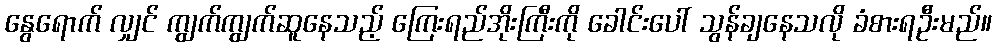
နွေရောက် လျှင် ကျွက်ကျွက်ဆူနေသည့် ကြေးရည်အိုးကြီးကို ခေါင်းပေါ် သွန်ချနေသလို ခံစားရဦးမည်။